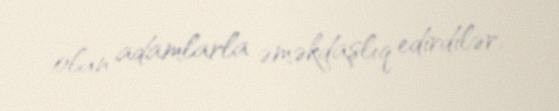
olan adamlarla əməkdaşlıq edirdilər.